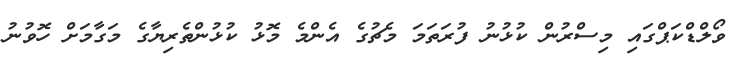
ވޯލްޑްކަޕްގައި މިސްރުން ކުޅުނު ފުރަތަމަ މެޗުގެ އެންމެ މޮޅު ކުޅުންތެރިޔާގެ މަގާމަށް ހޮވުނު